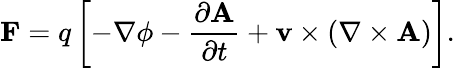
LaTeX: \mathbf{F}=q\left[-\nabla\phi-{\frac{\partial\mathbf{A}}{\partial t}}+\mathbf{v}\times(\nabla\times\mathbf{A})\right].